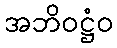
အဘိဝဋ္ဌံဝ